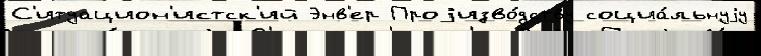
С'итуацион'истск'ий Энв'ер Проjизво́дству социа́льнуjу